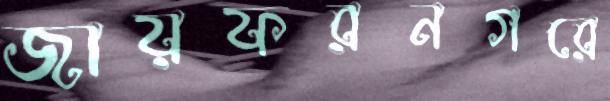
জায়ফরনগরে